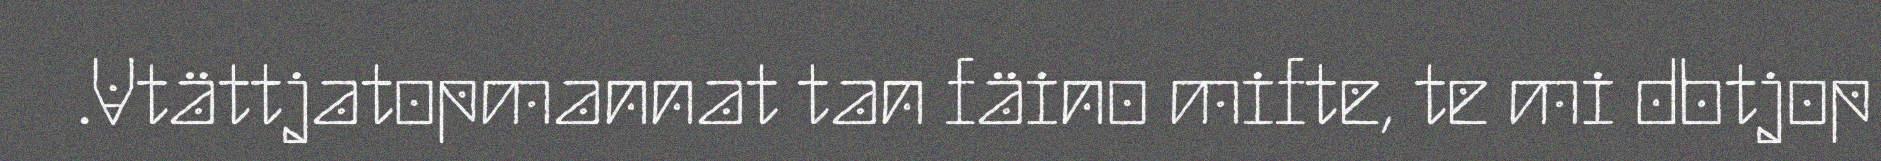
.Vtättjatopmannat tan fäino mifte, te mi dbtjop